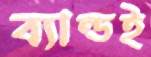
ব্যান্ডই